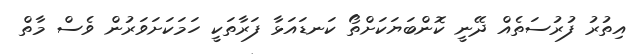
އިތުރު ފުރުސަތެއް ދޭނީ ކޮންބަޔަކަށްތޯ ކަނޑައަޅާ ފަރާތަކީ ހަމަކަށަވަރުން ވެސް މާތް